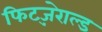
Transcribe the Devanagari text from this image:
फिट्ज़ेराल्ड